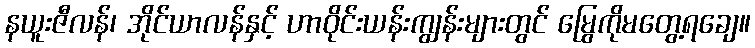
နယူးဇီလန်၊ အိုင်ယာလန်နှင့် ဟာဝိုင်းယန်းကျွန်းများတွင် မြွေကိုမတွေ့ရချေ။